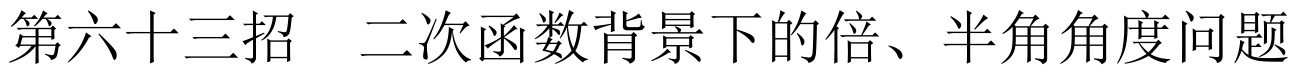
第六十三招  二次函数背景下的倍、半角角度问题